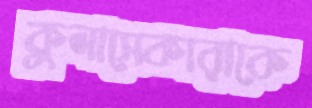
কুলাসেকারাকে